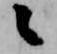
々